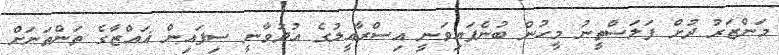
މަންޒަރު ދުށް ފަލަސްތީނު މީހުން ބުނެފައިވަނީ އިސްރާއީލުގެ އުދުވާނީ ސިފައިން ޣައްޒާގެ ތަންތަނަށް